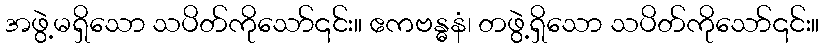
အဖွဲ့မရှိသော သပိတ်ကိုသော်၎င်း။ ဧကဗန္ဓနံ၊ တဖွဲ့ရှိသော သပိတ်ကိုသော်၎င်း။